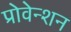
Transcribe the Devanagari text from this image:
प्रोवेन्शन